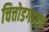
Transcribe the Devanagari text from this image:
चित्तोडगढहून